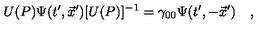
U ( P ) \Psi ( t ^ { \prime } , \vec { x } ^ { \prime } ) [ U ( P ) ] ^ { - 1 } = \gamma _ { 0 0 } \Psi ( t ^ { \prime } , - \vec { x } ^ { \prime } ) \quad ,